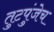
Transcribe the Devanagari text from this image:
तुटपुंजेच